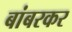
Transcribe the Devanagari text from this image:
बांबरकर